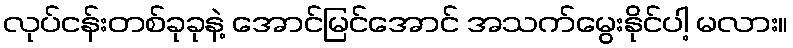
လုပ်ငန်းတစ်ခုခုနဲ့ အောင်မြင်အောင် အသက်မွေးနိုင်ပါ့ မလား။